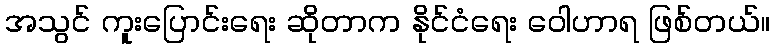
အသွင် ကူးပြောင်းရေး ဆိုတာက နိုင်ငံရေး ဝေါဟာရ ဖြစ်တယ်။